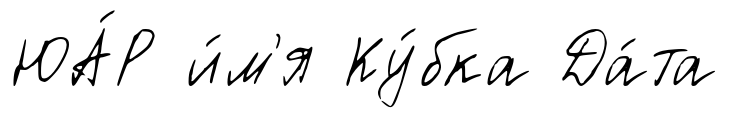
ЮА́Р и́м'я Ку́бка Да́та